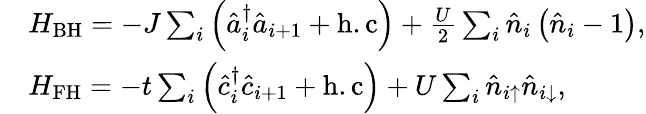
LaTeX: \begin{array}{rl}&{H_{\mathrm{BH}}=-J\sum_{i}\left(\hat{a}_{i}^{\dagger}\hat{a}_{i+1}+\mathrm{h.c}\right)+\frac{U}{2}\sum_{i}\hat{n}_{i}\left(\hat{n}_{i}-1\right),}\\ &{H_{\mathrm{FH}}=-t\sum_{i}\left(\hat{c}_{i}^{\dagger}\hat{c}_{i+1}+\mathrm{h.c}\right)+U\sum_{i}\hat{n}_{i\uparrow}\hat{n}_{i\downarrow},}\end{array}